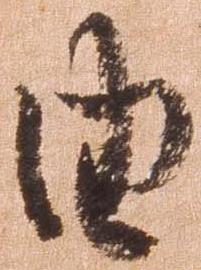
由